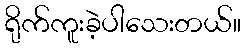
ရိုက်ကူးခဲ့ပါသေးတယ်။